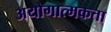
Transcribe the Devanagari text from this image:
अयोगात्मकता